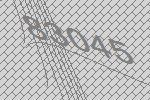
83045